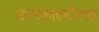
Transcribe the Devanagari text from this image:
करनेवालावैष्णव